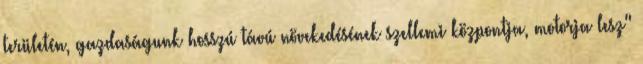
területén, gazdaságunk hosszú távú növekedésének szellemi központja, motorja lesz"